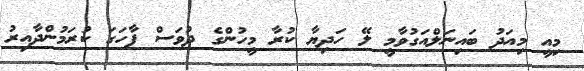
މިއީ މިއަދު ބައިނަލްއަގުވާމީ ލޭ ހަދިޔާ ކުރާ މީހުންގެ ދުވަސް ފާހަގަ ކުރަމުންދާއިރު